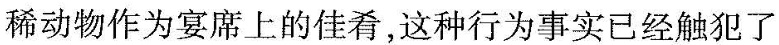
稀动物作为宴席上的佳肴，这种行为事实已经触犯了